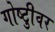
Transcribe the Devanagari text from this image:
गोष्टीुवर